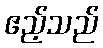
ဧည့်သည်